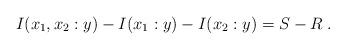
LaTeX: \begin{align*} I(x_1,x_2:y) - I(x_1:y) - I(x_2:y) &= S - R \; .\end{align*}